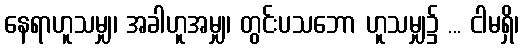
နေရာဟူသမျှ၊ အခါဟူအမျှ၊ တွင်းပသဘော ဟူသမျှ၌ ... ငါမရှိ၊